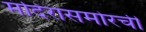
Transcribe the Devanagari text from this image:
मंदिरासमोरची